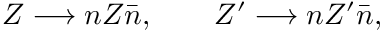
Z \longrightarrow n Z \bar { n } , ~ ~ ~ ~ ~ ~ Z ^ { \prime } \longrightarrow n Z ^ { \prime } \bar { n } ,